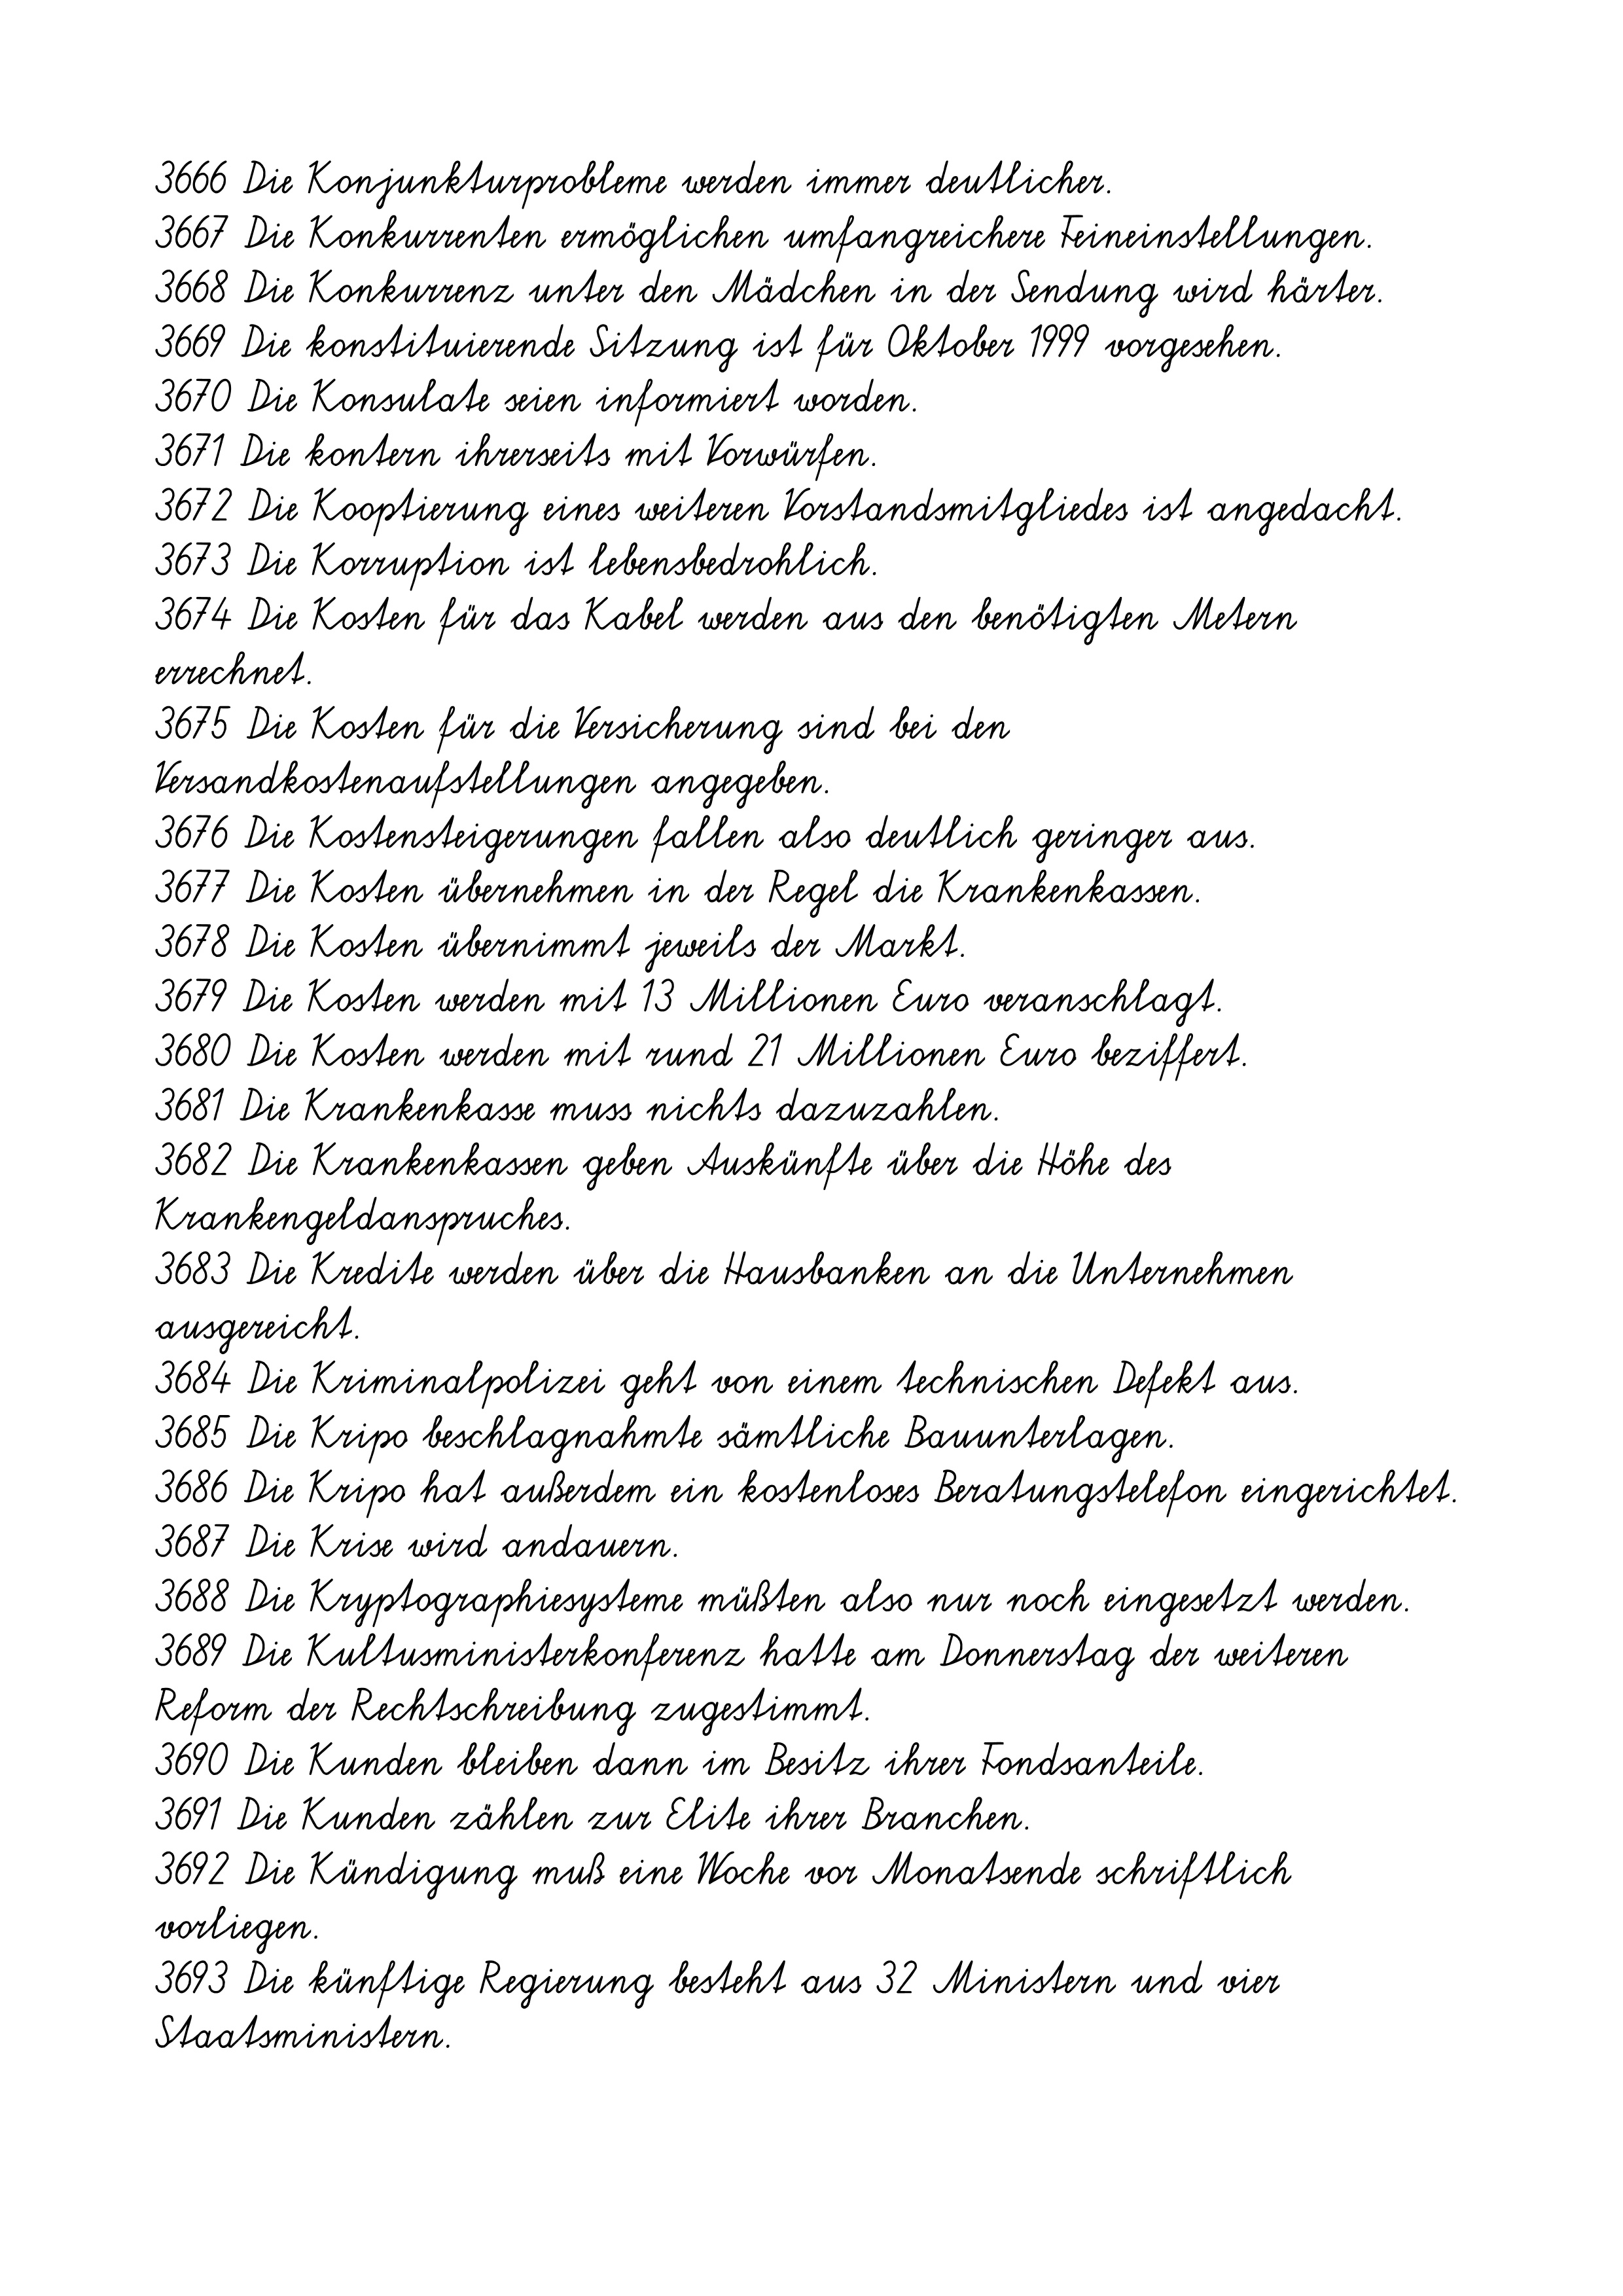
3666 Die Konjunkturprobleme werden immer deutlicher.
3667 Die Konkurrenten ermöglichen umfangreichere Feineinstellungen.
3668 Die Konkurrenz unter den Mädchen in der Sendung wird härter.
3669 Die konstituierende Sitzung ist für Oktober 1999 vorgesehen.
3670 Die Konsulate seien informiert worden.
3671 Die kontern ihrerseits mit Vorwürfen.
3672 Die Kooptierung eines weiteren Vorstandsmitgliedes ist angedacht.
3673 Die Korruption ist lebensbedrohlich.
3674 Die Kosten für das Kabel werden aus den benötigten Metern
errechnet.
3675 Die Kosten für die Versicherung sind bei den
Versandkostenaufstellungen angegeben.
3676 Die Kostensteigerungen fallen also deutlich geringer aus.
3677 Die Kosten übernehmen in der Regel die Krankenkassen.
3678 Die Kosten übernimmt jeweils der Markt.
3679 Die Kosten werden mit 13 Millionen Euro veranschlagt.
3680 Die Kosten werden mit rund 21 Millionen Euro beziffert.
3681 Die Krankenkasse muss nichts dazuzahlen.
3682 Die Krankenkassen geben Auskünfte über die Höhe des
Krankengeldanspruches.
3683 Die Kredite werden über die Hausbanken an die Unternehmen
ausgereicht.
3684 Die Kriminalpolizei geht von einem technischen Defekt aus.
3685 Die Kripo beschlagnahmte sämtliche Bauunterlagen.
3686 Die Kripo hat außerdem ein kostenloses Beratungstelefon eingerichtet.
3687 Die Krise wird andauern.
3688 Die Kryptographiesysteme müßten also nur noch eingesetzt werden.
3689 Die Kultusministerkonferenz hatte am Donnerstag der weiteren
Reform der Rechtschreibung zugestimmt.
3690 Die Kunden bleiben dann im Besitz ihrer Fondsanteile.
3691 Die Kunden zählen zur Elite ihrer Branchen.
3692 Die Kündigung muß eine Woche vor Monatsende schriftlich
vorliegen.
3693 Die künftige Regierung besteht aus 32 Ministern und vier
Staatsministern.